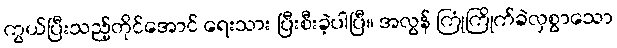
ကွယ်ပြီးသည့်တိုင်အောင် ရေးသား ပြီးစီးခဲ့ပါပြီ။ အလွန် ကြုံကြိုက်ခဲလှစွာသော